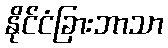
နိုင်ငံခြားဘာသာ